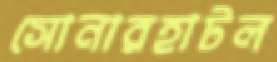
সোনারহাটল